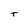
Character: t